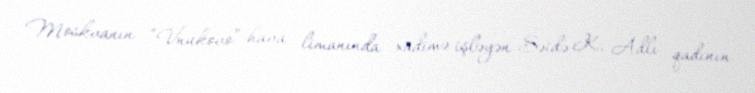
Moskvanın “Vnukovo” hava limanında xadimə işləyən Səidə K. Adlı qadının